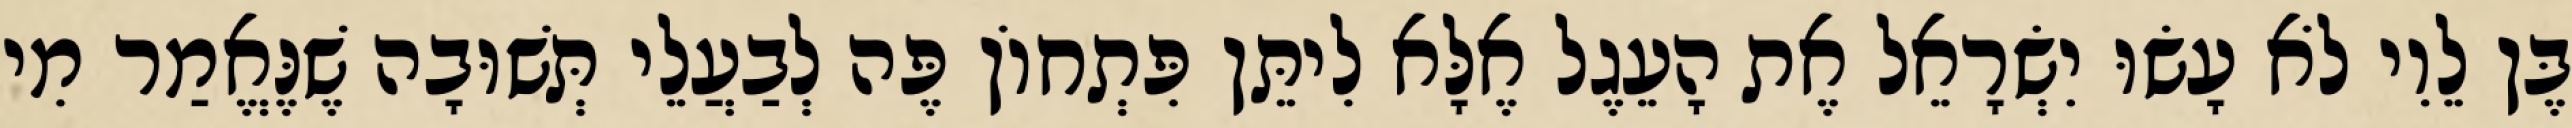
בֶּן לֵוִי לֹא עָשׂוּ יִשְׂרָאֵל אֶת הָעֵגֶל אֶלָּא לִיתֵּן פִּתְחוֹן פֶּה לְבַעֲלֵי תְּשׁוּבָה שֶׁנֶּאֱמַר מִי